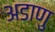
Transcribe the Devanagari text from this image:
अडाणु